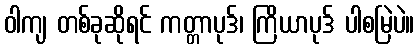
ဝါကျ တစ်ခုဆိုရင် ကတ္တာပုဒ်၊ ကြိယာပုဒ် ပါစမြဲပဲ။